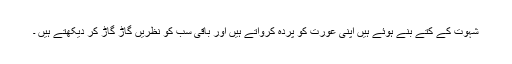
شہوت کے کتے بنے ہوئے ہیں اپنی عورت کو پردہ کرواتے ہیں اور باقی سب کو نظریں گاڑ گاڑ کر دیکھتے ہیں ۔